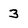
Character: 3